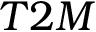
{ T 2 M }